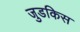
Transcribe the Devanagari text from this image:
जुडकिस